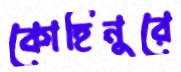
কোহিনুরে